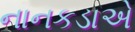
નાનકડાએ